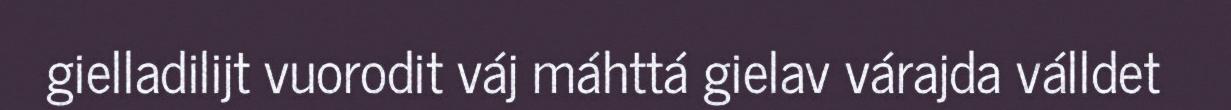
gielladilijt vuorodit váj máhttá gielav várajda válldet